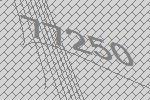
77250